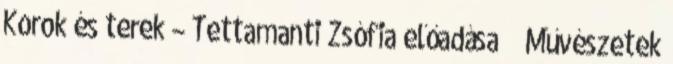
Korok és terek – Tettamanti Zsófia előadása Művészetek